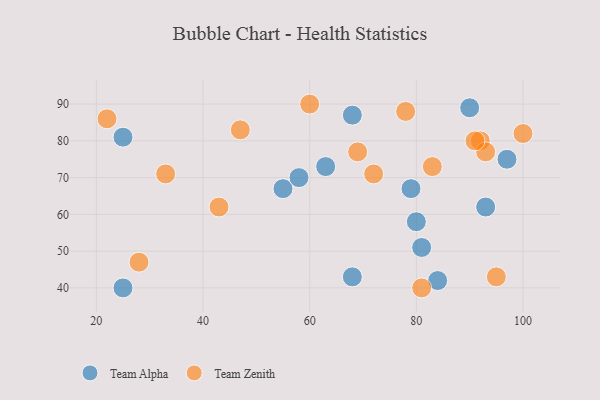
{"axis": {"x": "GDP", "y": "Life Expectancy"}, "legend": ["Team Alpha", "Team Zenith"], "data": [{"x": "93", "y": 62, "type": "Team Alpha"}, {"x": "90", "y": 89, "type": "Team Alpha"}, {"x": "25", "y": 40, "type": "Team Alpha"}, {"x": "68", "y": 87, "type": "Team Alpha"}, {"x": "97", "y": 75, "type": "Team Alpha"}, {"x": "25", "y": 81, "type": "Team Alpha"}, {"x": "80", "y": 58, "type": "Team Alpha"}, {"x": "81", "y": 51, "type": "Team Alpha"}, {"x": "55", "y": 67, "type": "Team Alpha"}, {"x": "68", "y": 43, "type": "Team Alpha"}, {"x": "79", "y": 67, "type": "Team Alpha"}, {"x": "58", "y": 70, "type": "Team Alpha"}, {"x": "84", "y": 42, "type": "Team Alpha"}, {"x": "63", "y": 73, "type": "Team Alpha"}, {"x": "28", "y": 47, "type": "Team Zenith"}, {"x": "92", "y": 80, "type": "Team Zenith"}, {"x": "83", "y": 73, "type": "Team Zenith"}, {"x": "33", "y": 71, "type": "Team Zenith"}, {"x": "78", "y": 88, "type": "Team Zenith"}, {"x": "69", "y": 77, "type": "Team Zenith"}, {"x": "43", "y": 62, "type": "Team Zenith"}, {"x": "81", "y": 40, "type": "Team Zenith"}, {"x": "72", "y": 71, "type": "Team Zenith"}, {"x": "47", "y": 83, "type": "Team Zenith"}, {"x": "93", "y": 77, "type": "Team Zenith"}, {"x": "22", "y": 86, "type": "Team Zenith"}, {"x": "100", "y": 82, "type": "Team Zenith"}, {"x": "95", "y": 43, "type": "Team Zenith"}, {"x": "60", "y": 90, "type": "Team Zenith"}, {"x": "91", "y": 80, "type": "Team Zenith"}]}